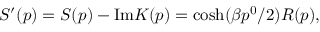
S ^ { \prime } ( p ) = S ( p ) - \mathrm { I m } K ( p ) = \cosh ( \beta p ^ { 0 } / 2 ) R ( p ) ,